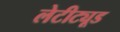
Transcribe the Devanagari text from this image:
लेटीट्यूड